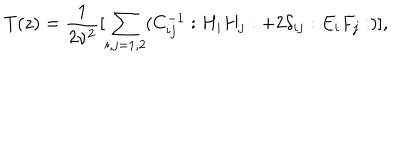
T ( z ) = \frac { 1 } { 2 \nu ^ { 2 } } [ \sum _ { i , j = 1 , 2 } ( C _ { i j } ^ { - 1 } : H _ { i } H _ { j } : + 2 \delta _ { i j } : E _ { i } F _ { j } : ) ] ,